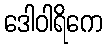
ဒေါဝါရိကေ